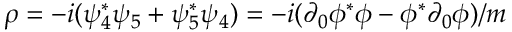
\rho = - i ( \psi _ { 4 } ^ { * } \psi _ { 5 } + \psi _ { 5 } ^ { * } \psi _ { 4 } ) = - i ( \partial _ { 0 } \phi ^ { * } \phi - \phi ^ { * } \partial _ { 0 } \phi ) / m